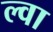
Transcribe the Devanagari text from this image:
ल्वा